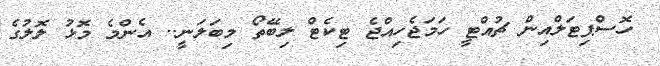
ހޮސްޕިޓަލްއިން ޗުއްޓީ ހަމަޖެހިއްޖެ ޓިކެޓް ލިބޭތޯ މިބަލަނީ.. އެންމެ މޮޅު ލޮލުގެ